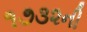
૧૭૩૨ની